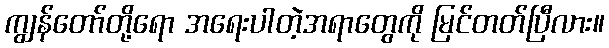
ကျွန်တော်တို့ရော အရေးပါတဲ့အရာတွေကို မြင်တတ်ပြီလား။